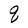
Character: q